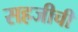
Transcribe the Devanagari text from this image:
सहजीची